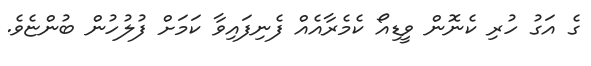
ގެ އަގު ހުރި ކެނޮން ވީޑިއޯ ކެމެރާއެއް ފެނިފައިވާ ކަމަށް ފުލުހުން ބުންޏެވެ.